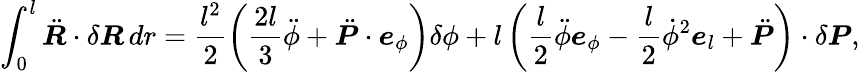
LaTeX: \int_{0}^{l}\ddot{\boldsymbol{R}}\cdot\delta\boldsymbol{R}\, dr=\frac{l^{2}}{2}\left(\frac{2l}{3}\ddot{\phi}+\ddot{\boldsymbol{P}}\cdot\boldsymbol{e}_{\phi}\right)\delta\phi+l\left(\frac{l}{2}\ddot{\phi}\boldsymbol{e}_{\phi}-\frac{l}{2}\dot{\phi}^{2}\boldsymbol{e}_{l}+\ddot{\boldsymbol{P}}\right)\cdot\delta\boldsymbol{P},